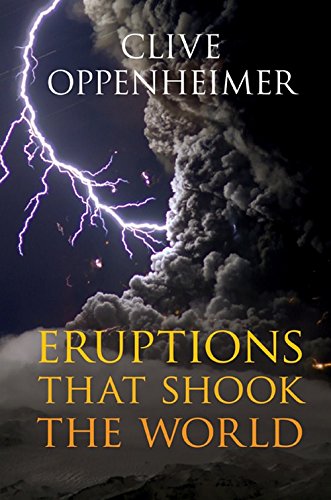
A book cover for Eruptions that Shook the World; Clive Oppenheimer; Science & Math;